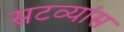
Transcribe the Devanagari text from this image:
सटव्यांस